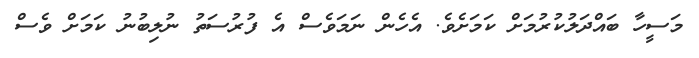
މަސީހާ ބައްދަލުކުރުމަށް ކަމަށެވެ. އެހެން ނަމަވެސް އެ ފުރުސަތު ނުލިބުނު ކަމަށް ވެސް